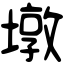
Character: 墩